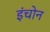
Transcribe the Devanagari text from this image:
इंचोन